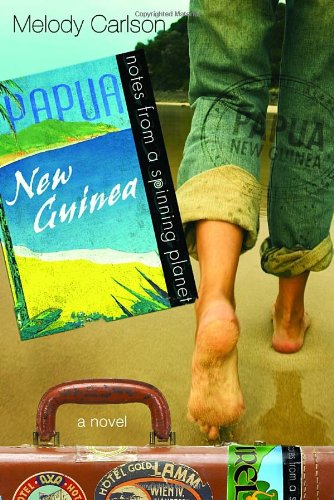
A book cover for Notes from a Spinning Planet--Papua New Guinea; Melody Carlson; Travel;